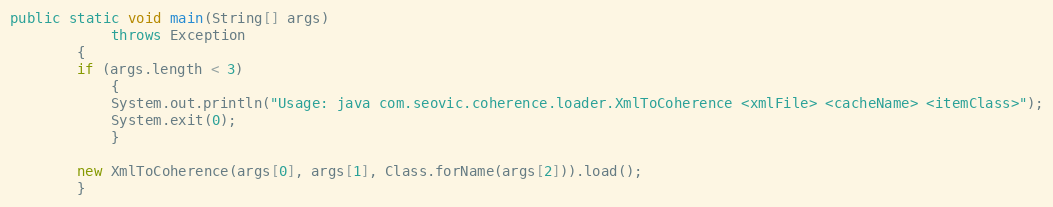
Language: Java
public static void main(String[] args)
            throws Exception
        {
        if (args.length < 3)
            {
            System.out.println("Usage: java com.seovic.coherence.loader.XmlToCoherence <xmlFile> <cacheName> <itemClass>");
            System.exit(0);
            }

        new XmlToCoherence(args[0], args[1], Class.forName(args[2])).load();
        }